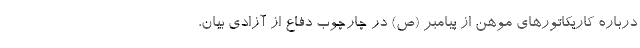
درباره کاریکاتورهای موهن از پیامبر (ص) در چارچوب دفاع از آزادی بیان،